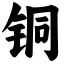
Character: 铜